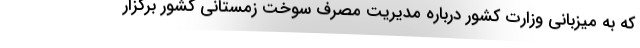
که به میزبانی وزارت کشور درباره مدیریت مصرف سوخت زمستانی کشور برگزار